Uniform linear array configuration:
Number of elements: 4
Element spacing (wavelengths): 1
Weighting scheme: kaiser
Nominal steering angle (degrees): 45
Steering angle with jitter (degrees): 43.157
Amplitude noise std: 0.05
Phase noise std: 0.05

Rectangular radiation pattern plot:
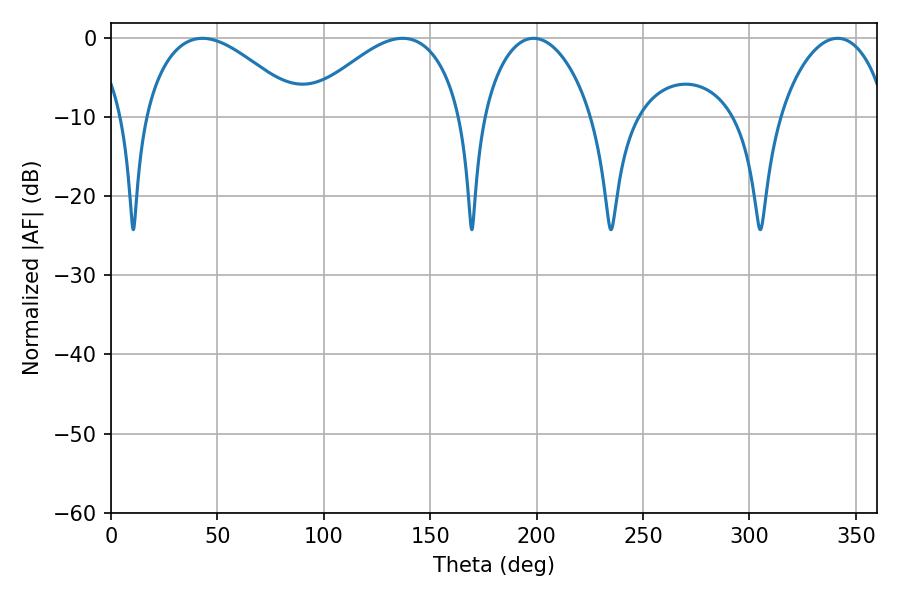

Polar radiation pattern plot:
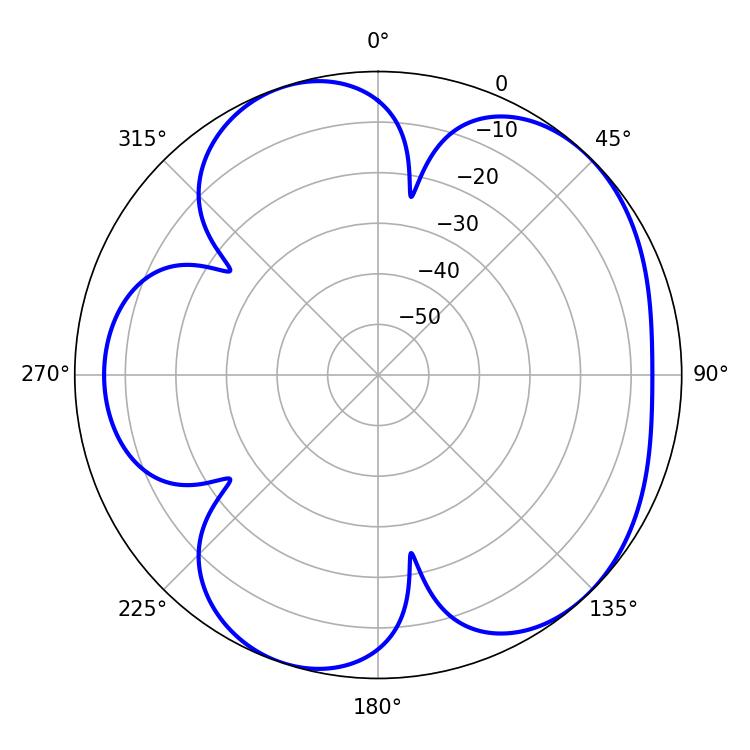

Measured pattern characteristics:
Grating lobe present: TRUE
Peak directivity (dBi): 5.304
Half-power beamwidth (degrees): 28.98
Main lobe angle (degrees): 198.54